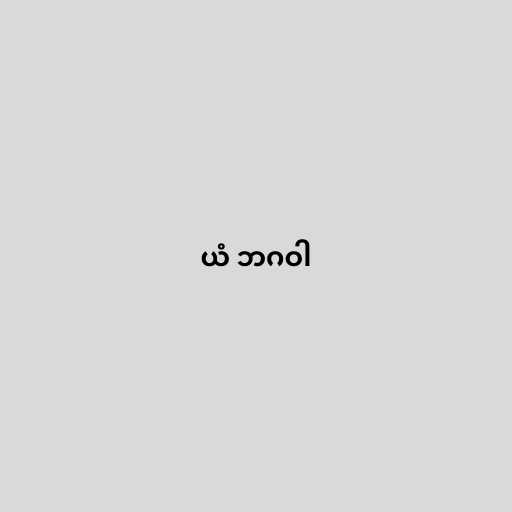
ယံ ဘဂဝါ